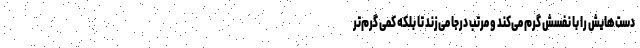
دست‌هایش را با نفسش گرم می‌کند و مرتب درجا می‌زند تا بلکه کمی گرم‌تر